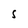
Character: S